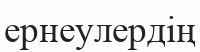
ернеулердің